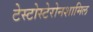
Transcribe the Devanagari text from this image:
टेस्टोस्टेरोनशामिल